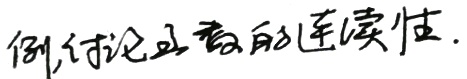
例,讨论函数的连续性.